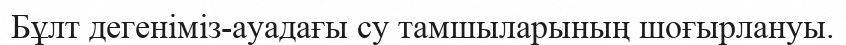
Бұлт дегеніміз-ауадағы су тамшыларының шоғырлануы.